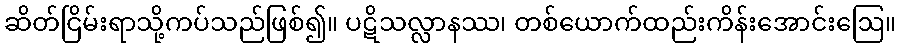
ဆိတ်ငြိမ်းရာသို့ကပ်သည်ဖြစ်၍။ ပဋိသလ္လာနဿ၊ တစ်ယောက်ထည်းကိန်းအောင်းဩေ။